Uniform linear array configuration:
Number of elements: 12
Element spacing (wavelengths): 0.75
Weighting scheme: blackman
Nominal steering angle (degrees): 45
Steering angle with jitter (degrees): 44.053
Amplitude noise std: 0.05
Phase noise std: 0.05

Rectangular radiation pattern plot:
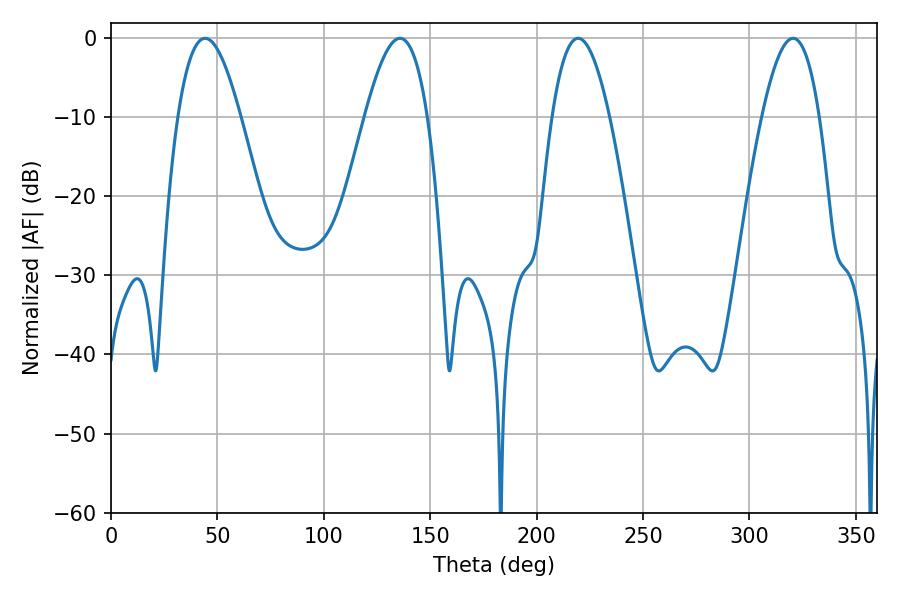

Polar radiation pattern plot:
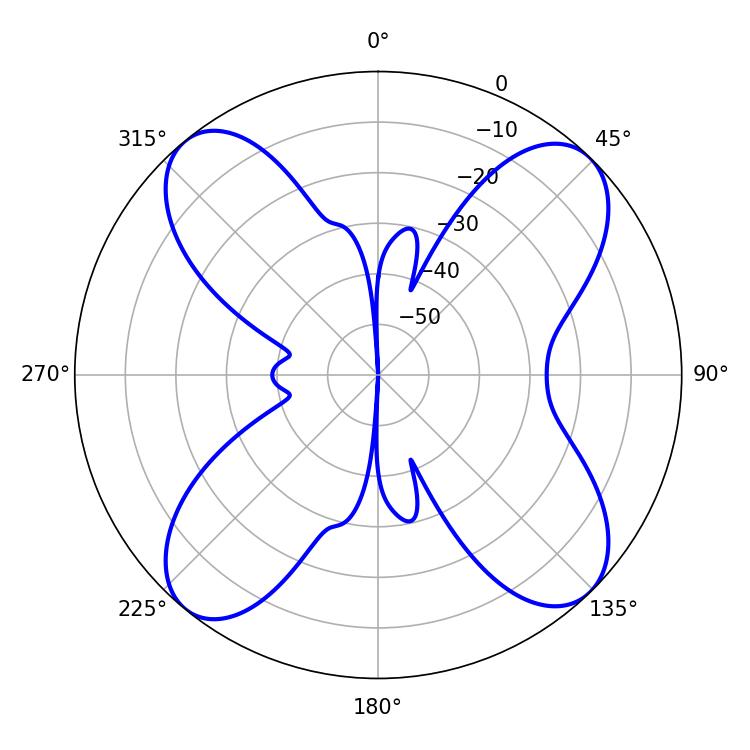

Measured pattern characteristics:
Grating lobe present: TRUE
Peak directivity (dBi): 14.339
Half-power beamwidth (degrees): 16.02
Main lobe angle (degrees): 44.28